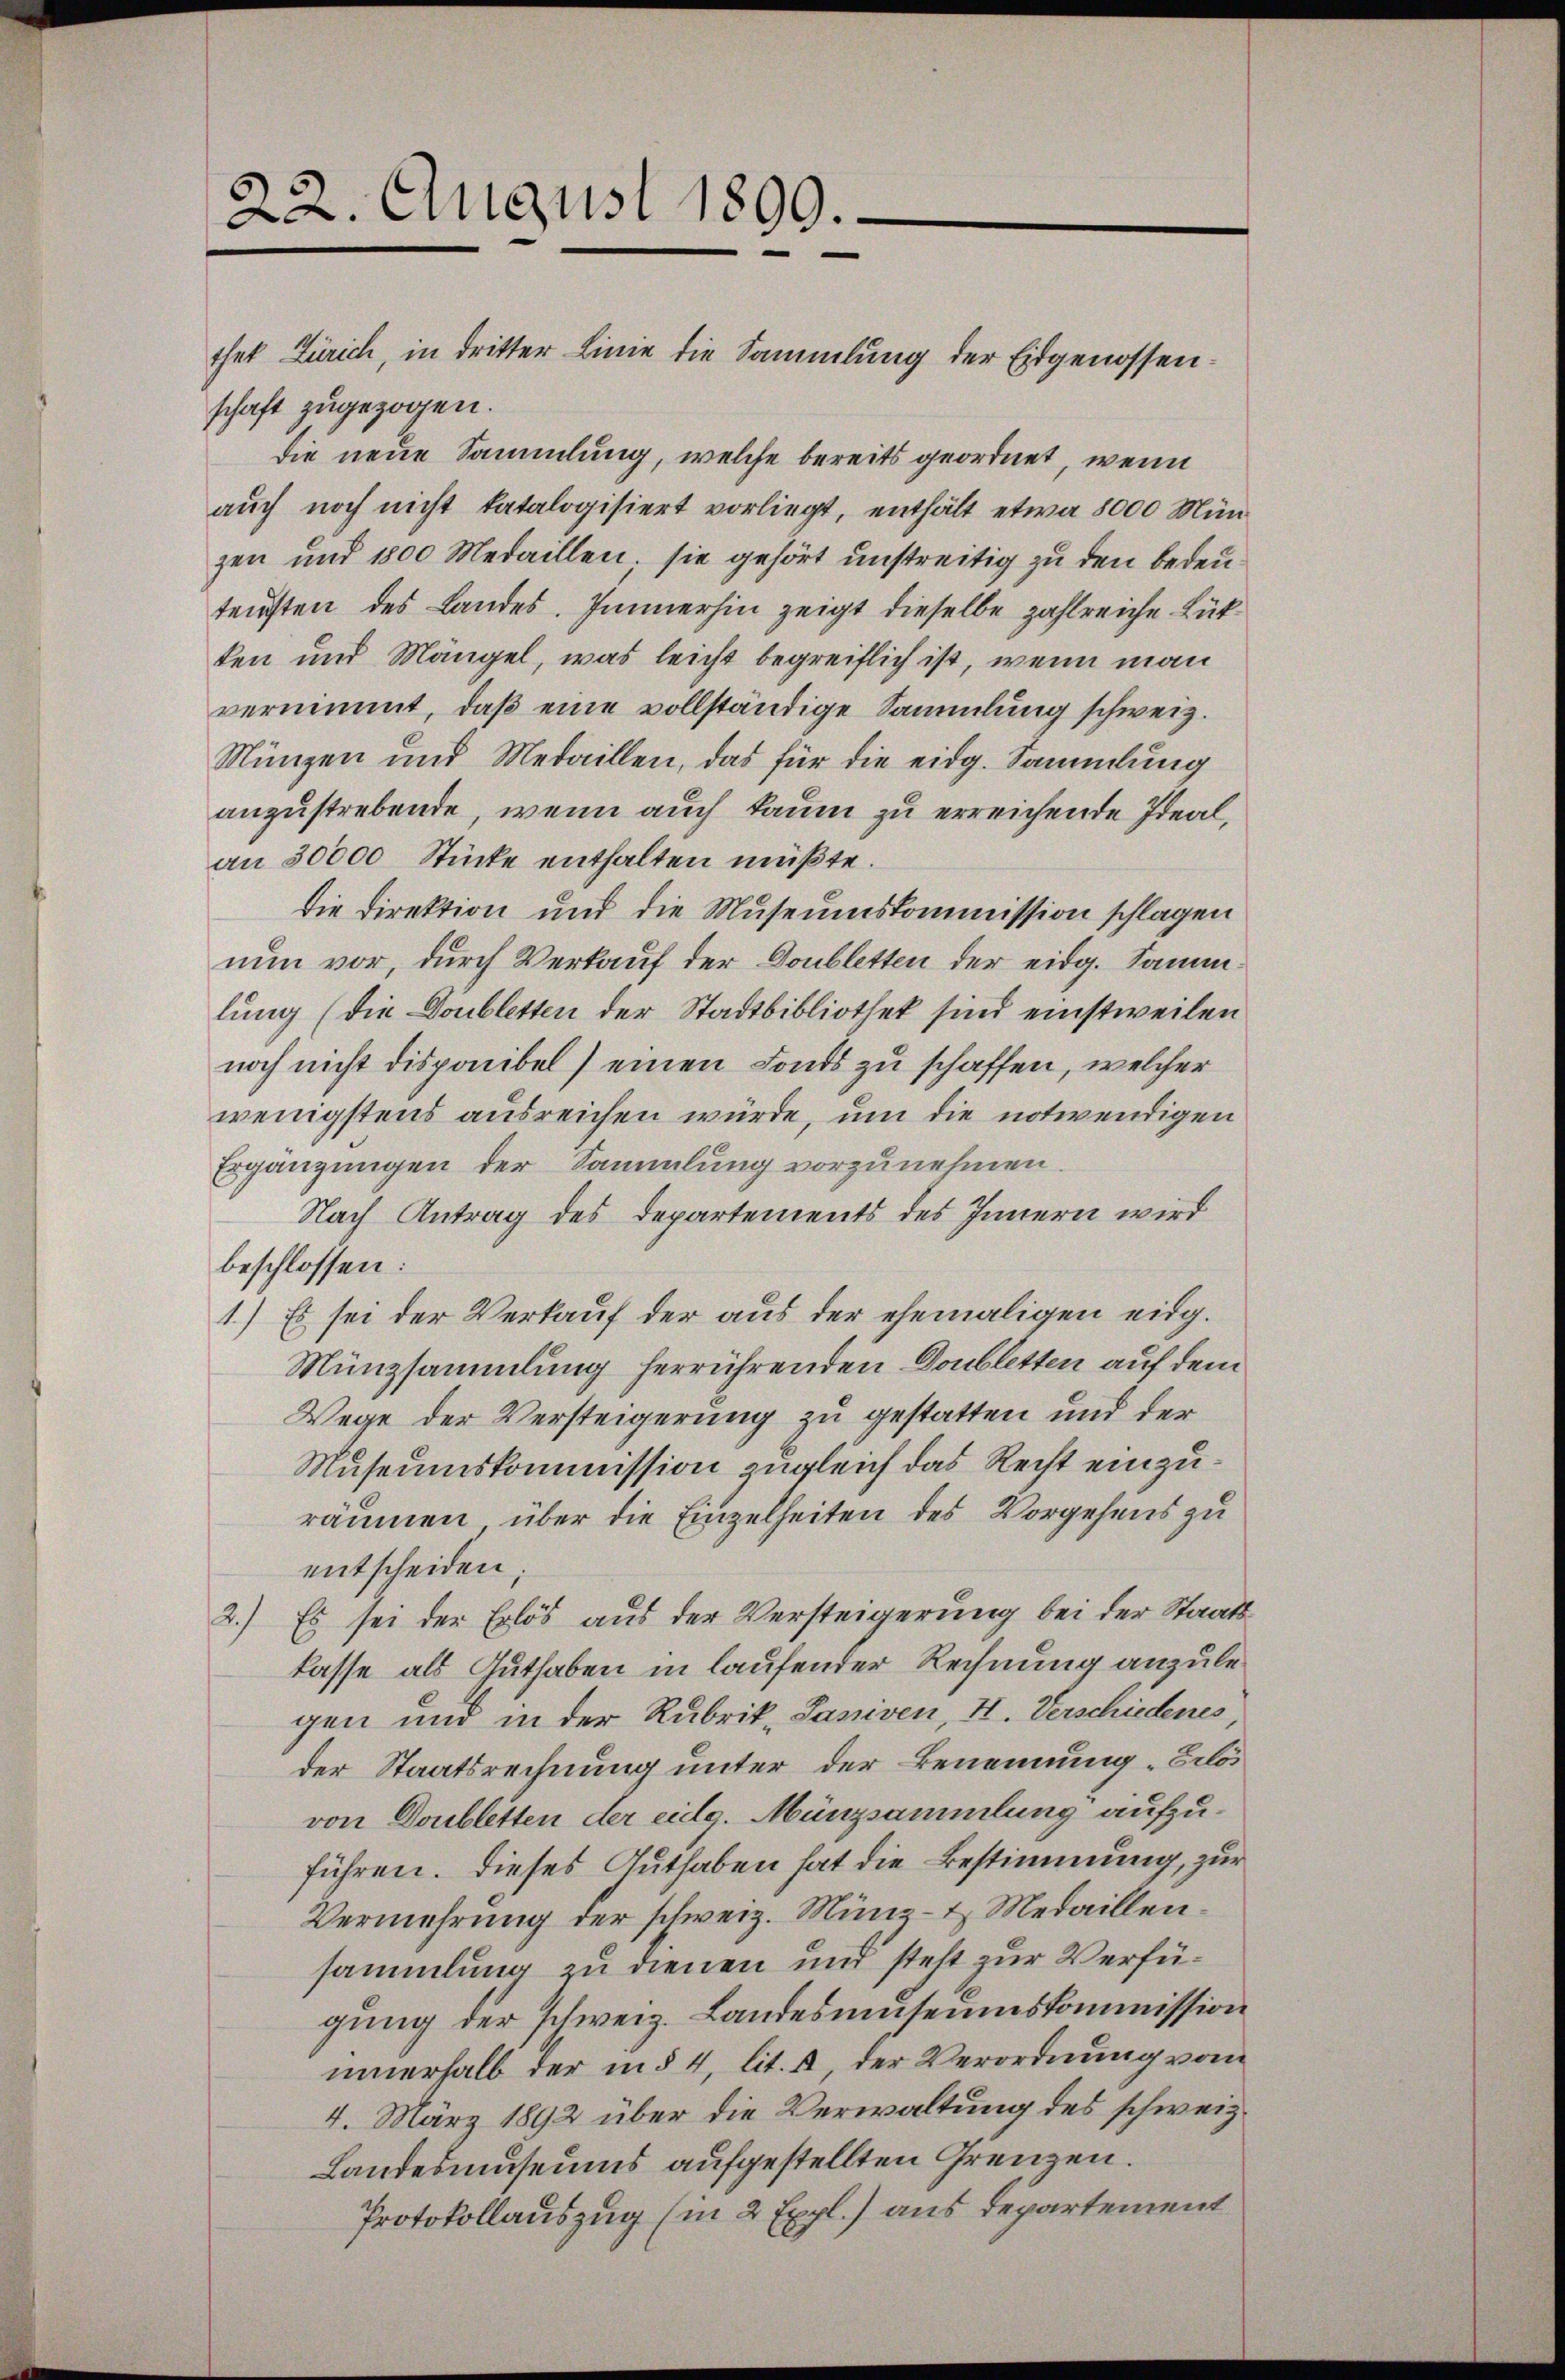
22. August 1890.

thet Zürich, in dritter Linie die Sammlung der Eidgenossenschaft zugezogen.
die neue Sammlung, welche bereits geordnet, wenn
auch noch nicht katalogisiert vorliegt, enthält etwa 8000 Mün-
zen und 1800 Medaillen, sie gehört unstreitig zu den bedeutensten des Landes. Immerhin zeigt dieselbe zahlreiche Rükten und Mängel, was leicht begreiflich ist, wenn man
vernimmt, daβ eine vollständige Sammlung schweiz.
Münzen und Medaillen, das für die eidg. Sammlung
anzustrebende, wenn auch kaum zu erreichende Ideal,
an 30000 Stücke enthalten müßte.
die Direktion und die Museumskommission schlagen
nun vor, durch Verkauf der Doubletten der eidg. Sammlung (die Doubletten der Stadtbibliothek sind einstweilen
noch nicht disponibel) einen Fonds zu schaffen, welcher
wenigstens ausreichen würde, um die notwendigen
Ergänzungen der Sammlung vorzunehmen
Nach Antrag des Departements des Innern wird
beschlossen:
1.) Es sei der Verkauf der aus der ehemaligen eidg.
Münzsammlung herrührenden Doubletten auf dem
Wege der Versteigerung zu gestatten und der
Museumskommission zugleich das Recht einzuräumen, über die Einzelheiten des Vorgehens zu
entscheiden,
2.) Es sei der Erlös aus der Versteigerung bei der Staatskasse als Guthaben in laufender Rechnung anzulegen und in der Rubrik- Passiven, H. Verschiedenes,
der Staatsrechnung unter der Benennung „Erlös
von Doubletten der eidg. Münzsammlung aufzuführen. Dieses Guthaben hat die Bestimmung, zur
Vermehrung der schweiz. Münz- & Medaillensammlung zu dienen und steht zur Verfügung der schweiz. Landesmuseumskommission
innerhalb der in § 4, lit. a, der Verordnung vom
4. März 1892 über die Verwaltung des schweiz.
Landesmuseums aufgestellten Grenzen.
Protokollauszug (in 2 Expl.) aus Departement